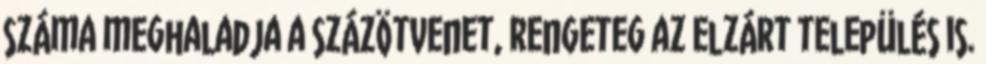
száma meghaladja a százötvenet, rengeteg az elzárt település is.